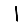
Digit: 1